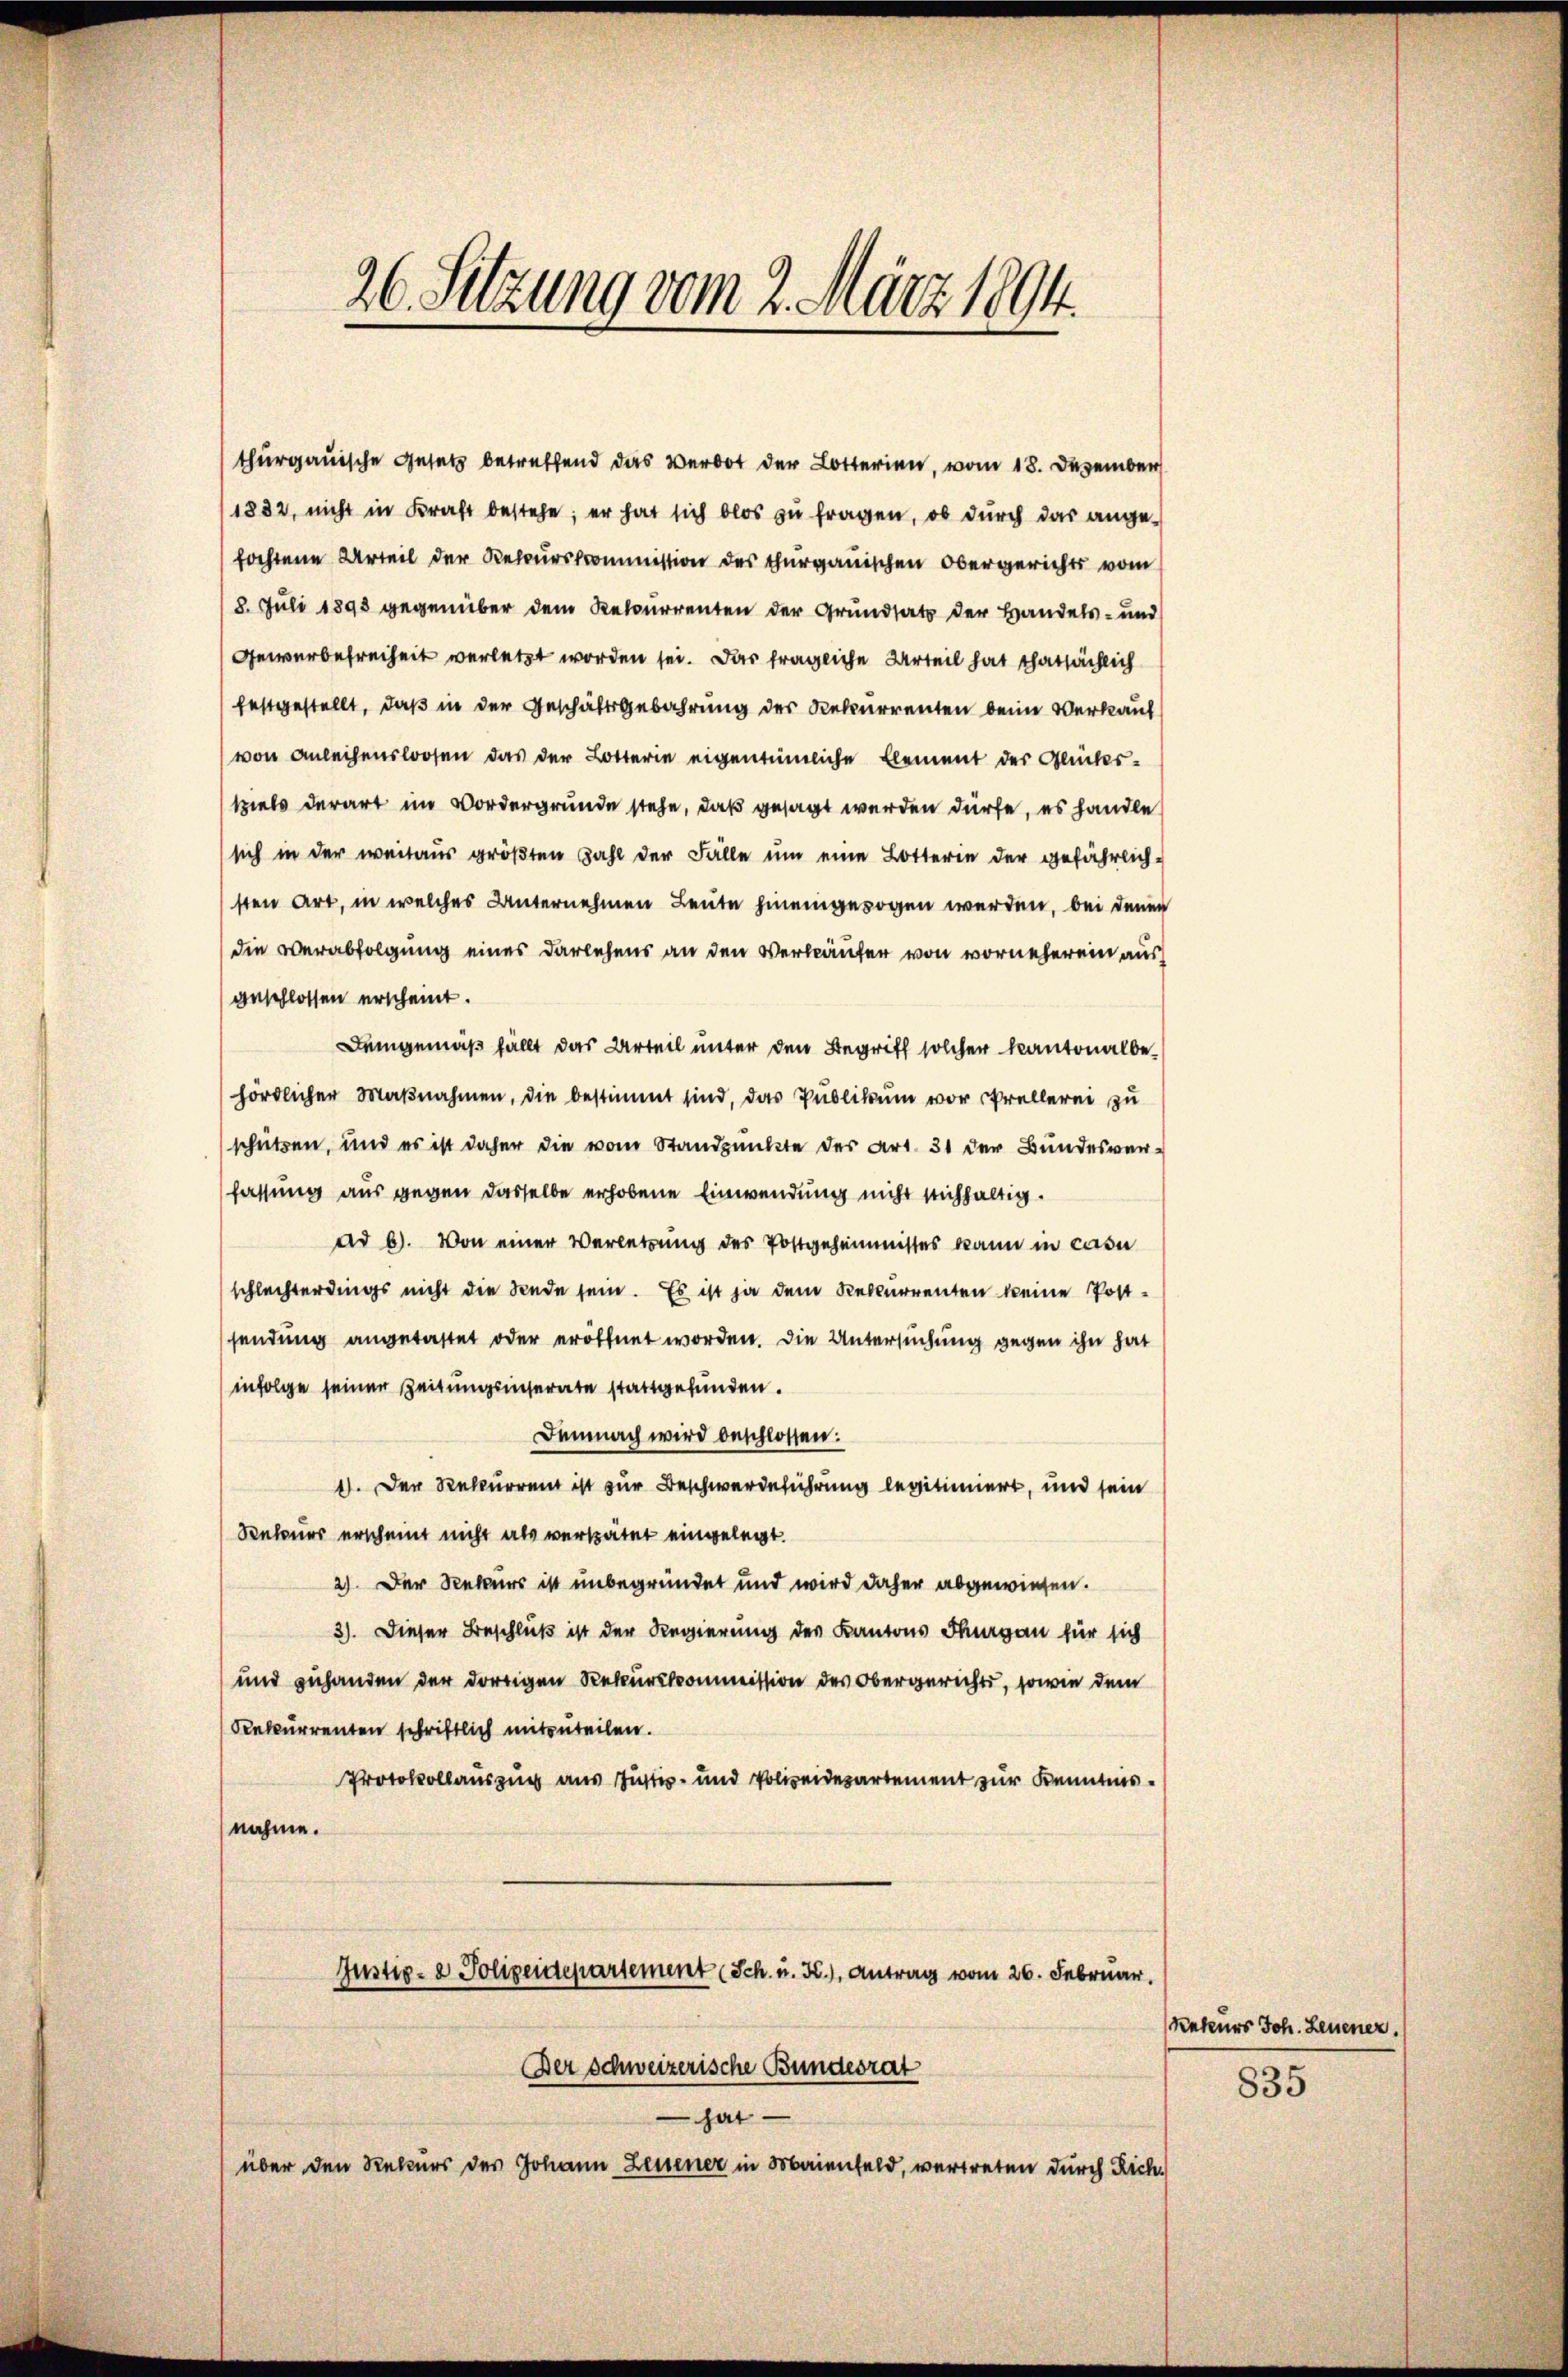
26 Setzung vom 2. März 1894.

thurgauische Gesetz betreffend das Verbot der Lotterien, vom 18. Dezember
1882, nicht in Kraft bestehe; er hat sich blos zu fragen, ob durch das angefochtene Urteil der Rekurskommission des Thurgauischen Obergerichts vom
8. Juli 1898 gegenüber dem Rekurrenten der Grundsatz der Handels- und
Gewerbefreiheit verletzt worden sei. Das fragliche Urteil hat thatsächlich
festgestellt, daß in der Geschäftsgebahrung der Rekurrenten beim Verkauf
von Anleihenslosen das der Lotterie eigentümliche Element der Glückestziels derart im Vordergrunde stehe, daß gesagt werden dürfe, es handle
sich in der weitaus größten Zahl der Falle um eine Lotterie der gefährlichsten Art, in welches Unternehmen Leute hineingezogen werden, bei denen
die Verabfolgung eines Darlehens an den Verkäufer von vorneherein aus
anschlossen erscheint.
Demgemäß fällt das Urteil unter den Begriff solcher kantonalbehördlicher Maβnahmen, die bestimmt sind, das Publikum vor Prellerei zu
schützen, und es ist daher die vom Standpunkte der Art. 31 der Bundesverfassung aus gegen dasselbe erhobene Einwendung nicht sichfaltig.
ad b). Von einer Verletzung des Postgeheimisses kann in casu
schlechterdings nicht die Seede sein. Es ist ja dem Rekurrenten keine Postsendung angetastet oder eröffnet worden. Die Untersuchung gegen ihn hat
infolge seiner Zeitungsinserate stattgefunden.
Demnach wird beschlossen:
1). Der Rekurrent ist zur Beschwerdeführung legitimiert, und sein
Rekurs erscheint nicht als verspätet eingelegt.
2) Der Rekurs ist unbegründet und wird daher abgewiesen.
3). Dieser Beschluß ist der Regierung des Kantons Thurgau für sich
und zuhanden der dortigen Rekurskommission des Obergerichts, sowie dem
Rekurrenten schriftlich mitzuteilen.
Protokollauszug aus Justiz- und Polizeidepartement zur Kenntnisnahme.
Justiz- & Polizeidepartement (Sch. u. K.), Antrag vom 26. Februar.
Der Schweizerische Bundesrat
hat
über den Rekurs des Johann Leuener in Oberienfeld, vertreten durch Rich-

Kateurs Joh. Leuener.

835